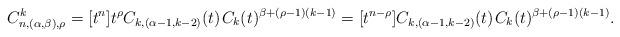
LaTeX: \begin{align*}C^k_{n,(\alpha,\beta),\rho} = [t^n] t^\rho C_{k,(\alpha-1,k-2)}(t) \kern+1pt C_k(t)^{\beta + (\rho-1)(k-1)} = [t^{n-\rho}]C_{k,(\alpha-1,k-2)}(t) \kern+1pt C_k(t)^{\beta+(\rho-1)(k-1)}.\end{align*}